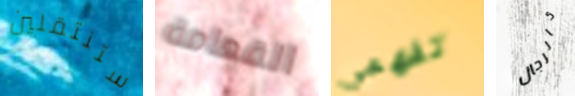
ستنتقلين القمامة تفهمي كالرجال